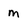
Character: m